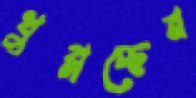
খুব্‌লচ্ছেন